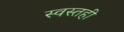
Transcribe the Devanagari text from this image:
स्वस्तही